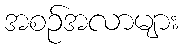
အစဉ်အလာများ